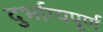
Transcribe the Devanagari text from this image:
दुर्भाग्‍यपूर्ण